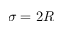
\sigma = 2 R